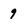
Character: 9